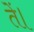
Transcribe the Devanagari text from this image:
तें।